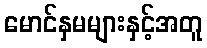
မောင်နှမများနှင့်အတူ